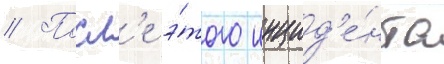
// Посл'е э́того инцид'е́нта